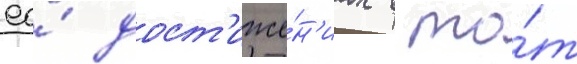
ео́ дост'иже́н'иах в то́т